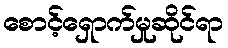
စောင့်ရှောက်မှုဆိုင်ရာ